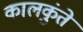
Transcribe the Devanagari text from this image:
कालकुंते